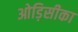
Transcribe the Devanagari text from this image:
ओड़िसीका